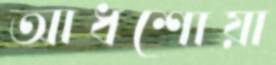
আধশোয়া